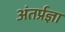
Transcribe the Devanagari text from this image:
अंतर्प्रज्ञा